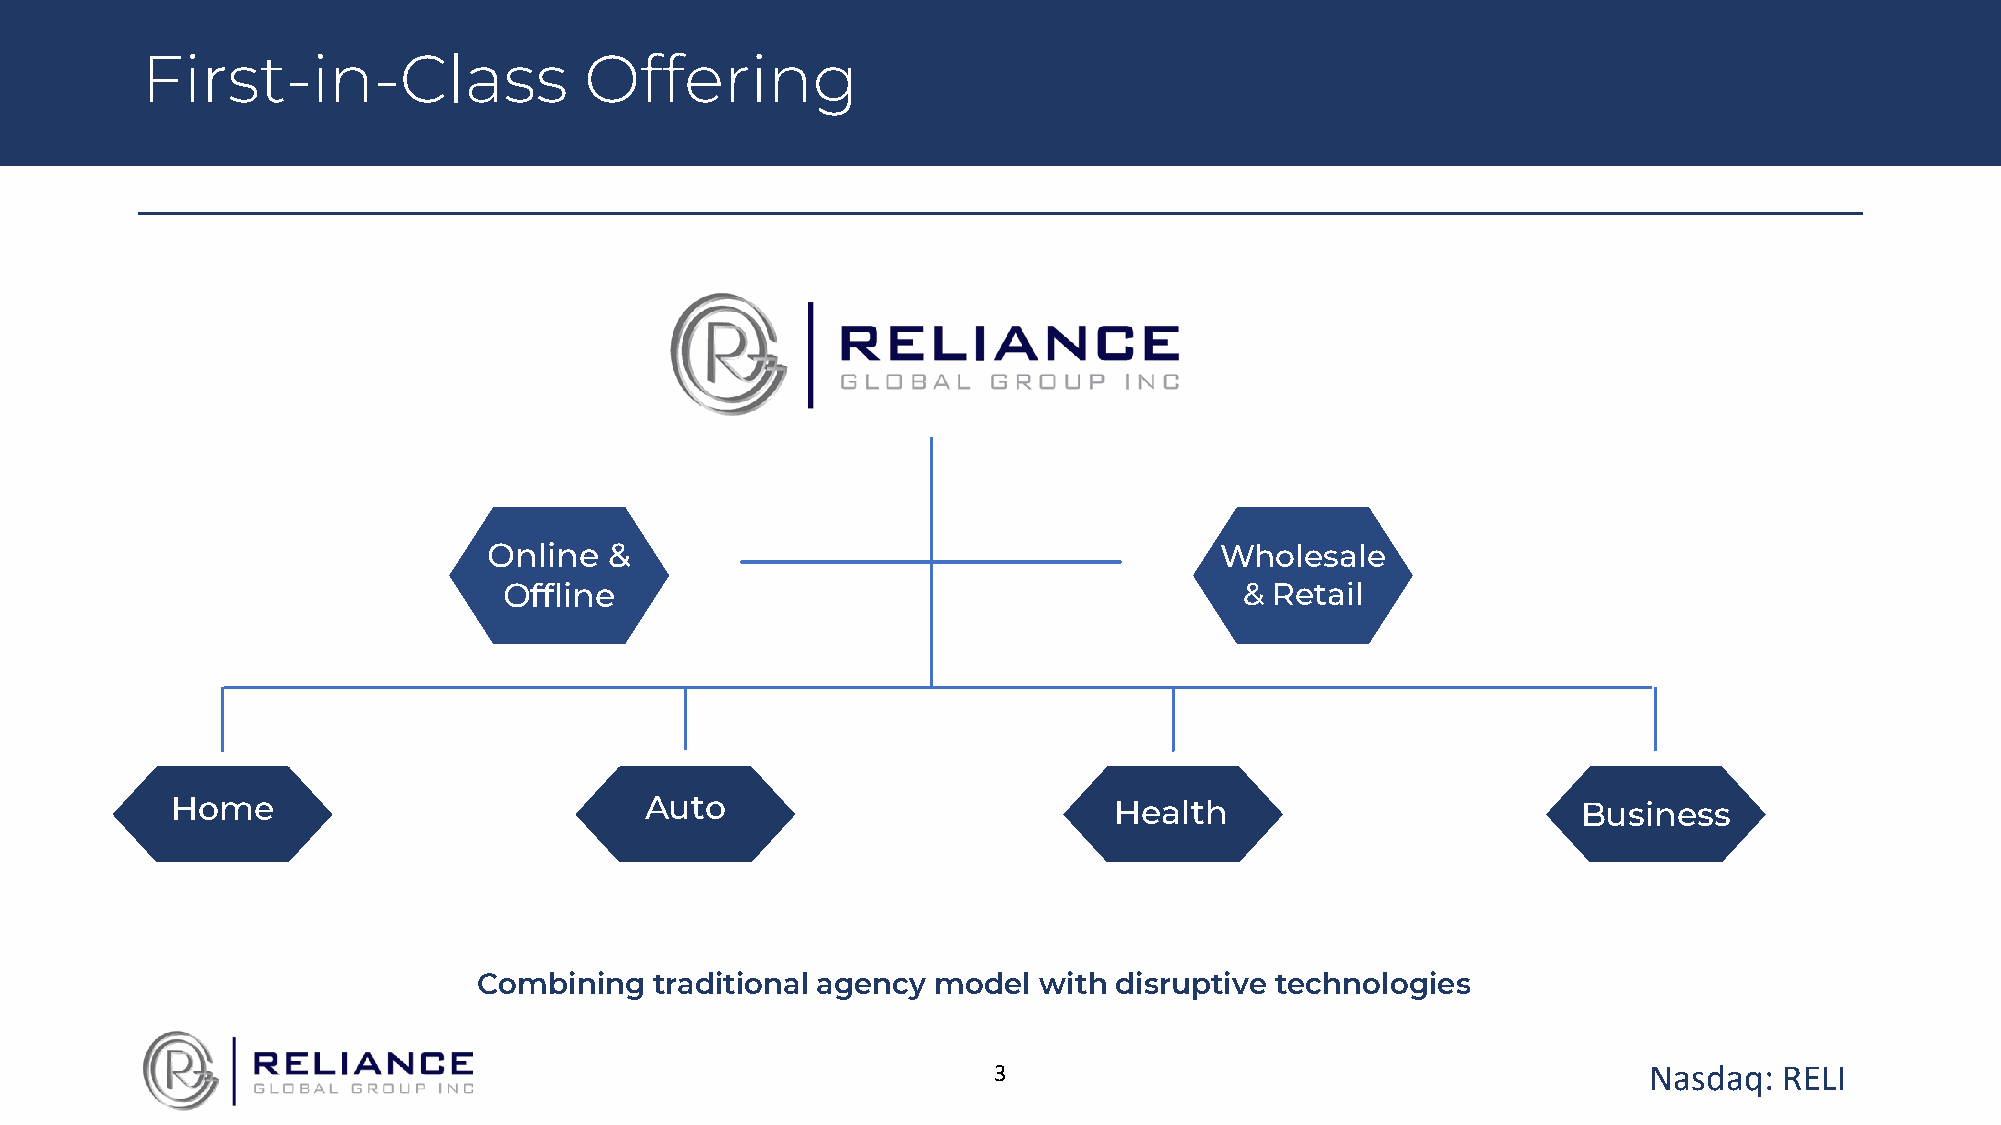
First-in-Class                Offering
 Online  &                                        Wholesale
 Offline                                          & Retail
 Home                            Auto                           Health                         Business
 Combining  traditional agency model  with disruptive technologies
 3                                          Nasdaq:  RELI